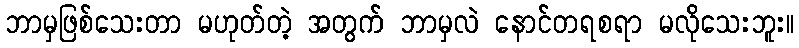
ဘာမှဖြစ်သေးတာ မဟုတ်တဲ့ အတွက် ဘာမှလဲ နောင်တရစရာ မလိုသေးဘူး။